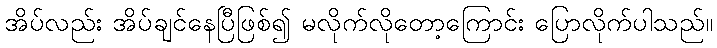
အိပ်လည်း အိပ်ချင်နေပြီဖြစ်၍ မလိုက်လိုတော့ကြောင်း ပြောလိုက်ပါသည်။